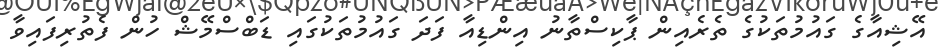
އޭޝިއާގެ ގައުމުތަކުގެ ތެރެއިން ޕާކިސްތާނު އިންޑިއާ ފަދަ ގައުމުތަކުގައި ޑަބްސްމޭޝް ހުން ފެތުރިފައިވާ